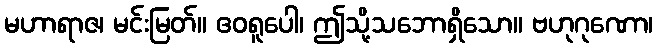
မဟာရာဇ၊ မင်းမြတ်။ ဧဝရူပေါ၊ ဤသို့သဘောရှိသော။ ဗဟုဂုဏော၊